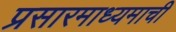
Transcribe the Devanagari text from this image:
प्रसारमाध्यमाची